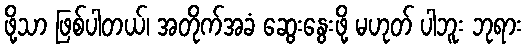
ဖို့သာ ဖြစ်ပါတယ်၊ အတိုက်အခံ ဆွေးနွေးဖို့ မဟုတ် ပါဘူး ဘုရား